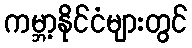
ကမ္ဘာ့နိုင်ငံများတွင်